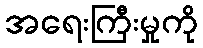
အရေးကြီးမှုကို